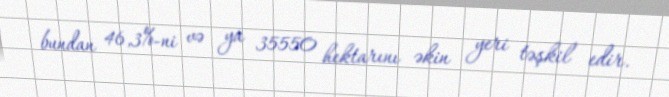
bundan 46,3%-ni və ya 35550 hektarını əkin yeri təşkil edir.